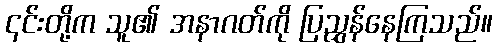
၎င်းတို့က သူ၏ အနာဂတ်ကို ပြညွှန်နေကြသည်။